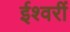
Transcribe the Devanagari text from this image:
ईश्वरीं